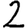
Digit: 2